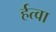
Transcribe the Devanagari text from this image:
र्हत्वा